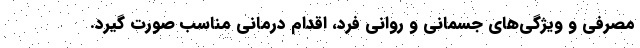
مصرفی و ویژگی‌های جسمانی و روانی فرد، اقدام درمانی مناسب صورت گیرد.